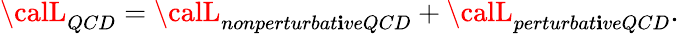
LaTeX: {\calL}_{QCD}={\calL}_{nonperturbat\mathbf{i}veQCD}+{\calL}_{perturbat\mathbf{i}veQCD}.